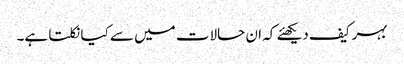
بہرکیف دیکھئے کہ ان حالات میں سے کیا نکلتا ہے۔